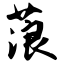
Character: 蒗